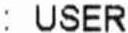
: USER